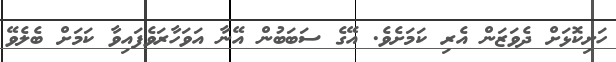
ހަށިކޮޅަށް ދެވަޒަން އެރި ކަމަށެވެ. އޭގެ ސަބަބުން އޭނާ އަވަހާރަވެފައިވާ ކަމަށް ބެލެވޭ